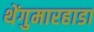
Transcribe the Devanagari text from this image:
थेंगुमारहाडा